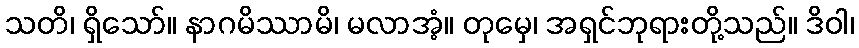
သတိ၊ ရှိသော်။ နာဂမိဿာမိ၊ မလာအံ့။ တုမှေ၊ အရှင်ဘုရားတို့သည်။ ဒိဝါ၊